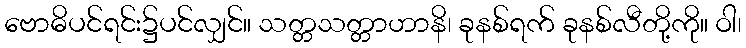
ဗောဓိပင်ရင်း၌ပင်လျှင်။ သတ္တသတ္တာဟာနိ၊ ခုနစ်ရက် ခုနစ်လီတို့ကို။ ဝါ၊